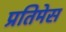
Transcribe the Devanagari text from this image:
प्रतिमेस